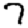
Digit: 7